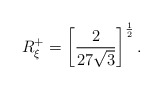
\begin{align*}R^{+}_{\xi}=\left[\frac{2}{27 \sqrt{3}}\right]^{\frac{1}{2}}.\end{align*}